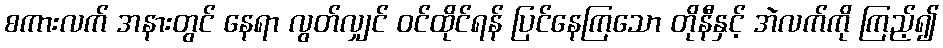
စကားလက် အနားတွင် နေရာ လွတ်လျှင် ဝင်ထိုင်ရန် ပြင်နေကြသော တိုနီနှင့် အဲလက်ကို ကြည့်၍